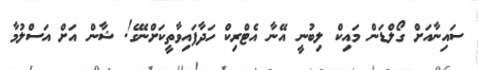
ސައިނާއަށް ގޯލްޑަން މައިކް ލިބުނީ އޭނާ އެޓްރިކް ހަދާފައިވާތީކަށްނޭގެ! ޝާން އަށް އަސްލުމާ